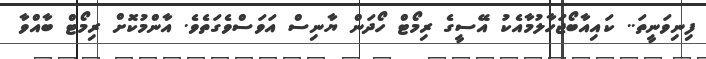
ފިނިވަނީތަ.. ކައިއާބޯޖަހާލުމާއެކު އޭސީގެ ރިމޯޓް ހޯދަން ޔާނިސް އަވަސްވެގަތެވެ. އާންމުކޮށް ރިމޯޓް ބާއްވާ